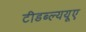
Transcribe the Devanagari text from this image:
टीडब्ल्ययूए